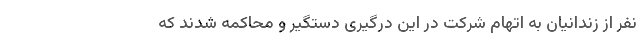
نفر از زندانیان به اتهام شرکت در این درگیری دستگیر و محاکمه شدند که